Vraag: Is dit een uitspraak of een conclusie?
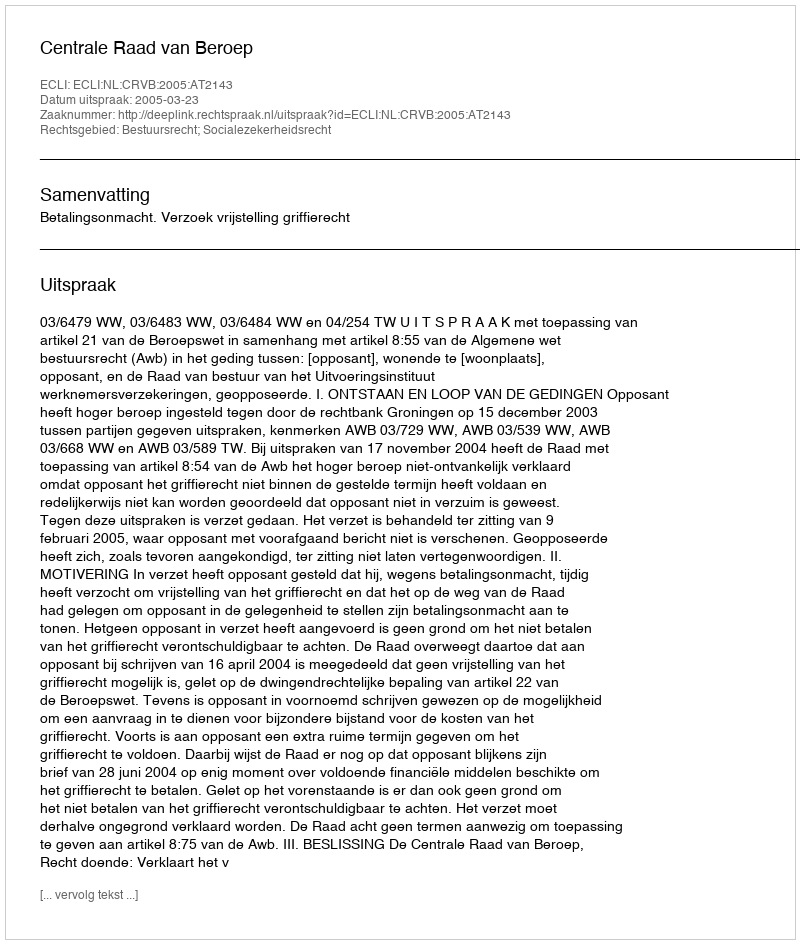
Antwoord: Uitspraak